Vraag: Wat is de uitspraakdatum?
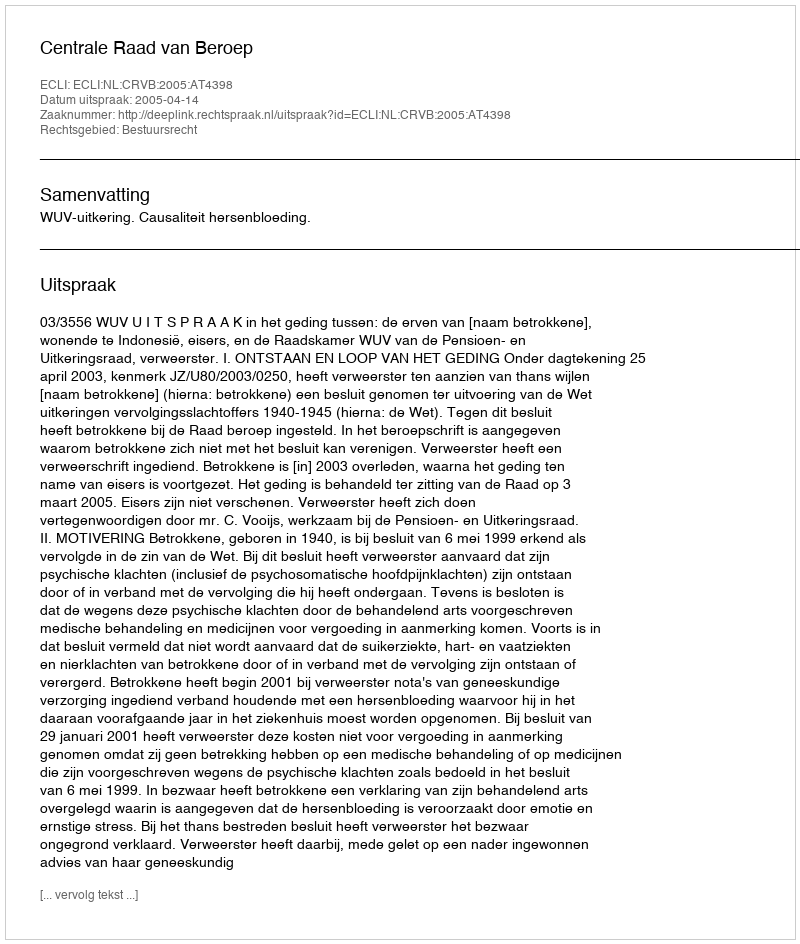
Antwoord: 2005-04-14